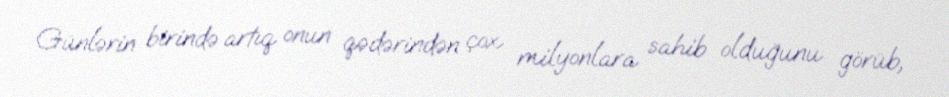
Günlərin birində artıq onun qədərindən çox milyonlara sahib olduğunu görüb,